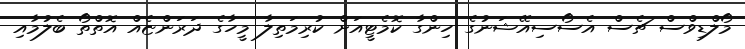
މޯލްޑިވްސް ޗެސް އެސޯސިއޭޝަނުގެ ހިންގާ ކޮމެޓީއަށް ކުރިމަތިލާ މީހާގެ ދަރަންޏެއް އޮތްތޯ ބެލުމާއި